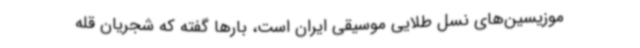
موزیسین‌های نسل طلایی موسیقی ایران است، بارها گفته که شجریان قله